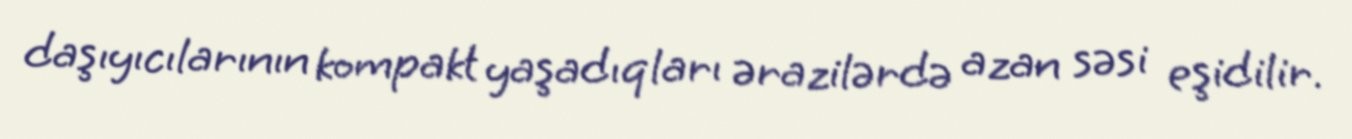
daşıyıcılarının kompakt yaşadıqları ərazilərdə azan səsi eşidilir.